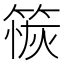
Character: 䈐